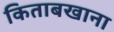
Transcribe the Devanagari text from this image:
किताबखाना